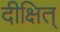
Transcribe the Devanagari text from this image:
दीक्षित्